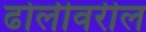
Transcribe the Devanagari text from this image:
ढोलीवरील